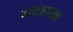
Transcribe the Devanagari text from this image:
मधशाळा